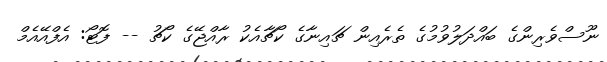
ނޫސްވެރިންގެ ބައްދަލުވުމުގެ ތެރެއިން ޗައިނާގެ ކޯޗާއެކު ރާއްޖޭގެ ކޯޗު -- ފޮޓޯ: އެފްއޭއެމް